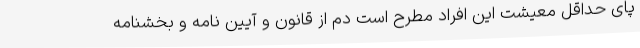
پای حداقل معیشت این افراد مطرح است دم از قانون و آیین نامه و بخشنامه